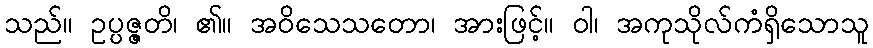
သည်။ ဥပ္ပဇ္ဇတိ၊ ၏။ အဝိသေသတော၊ အားဖြင့်။ ဝါ၊ အကုသိုလ်ကံရှိသောသူ